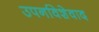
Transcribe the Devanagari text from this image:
उपनविशेवाद